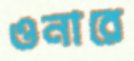
ওনারে